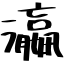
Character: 瀛